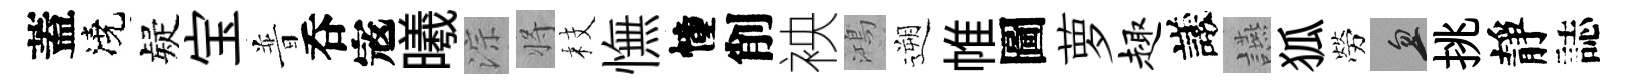
蓋澆疑宝普呑𡨥曦淙将枝憮幢削䘧鴻遡帷圖萝趣議讌狐勞忽挑靜誌